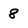
Character: 8